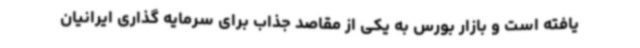
یافته است و بازار بورس به یکی از مقاصد جذاب برای سرمایه گذاری ایرانیان